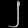
Digit: ၂